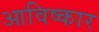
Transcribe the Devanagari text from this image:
आविष्‍कार